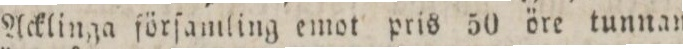
i Acklinga förſamling emot pris 50 öre tunnan, ſill=